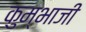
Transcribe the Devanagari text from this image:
कुम्भाजी